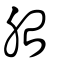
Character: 胎